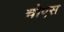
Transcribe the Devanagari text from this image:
चोएस